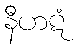
နီဟဋံ